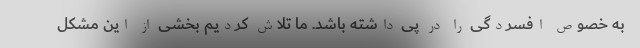
به خصوص افسردگی را در پی داشته باشد. ما تلاش کردیم بخشی از این مشکل